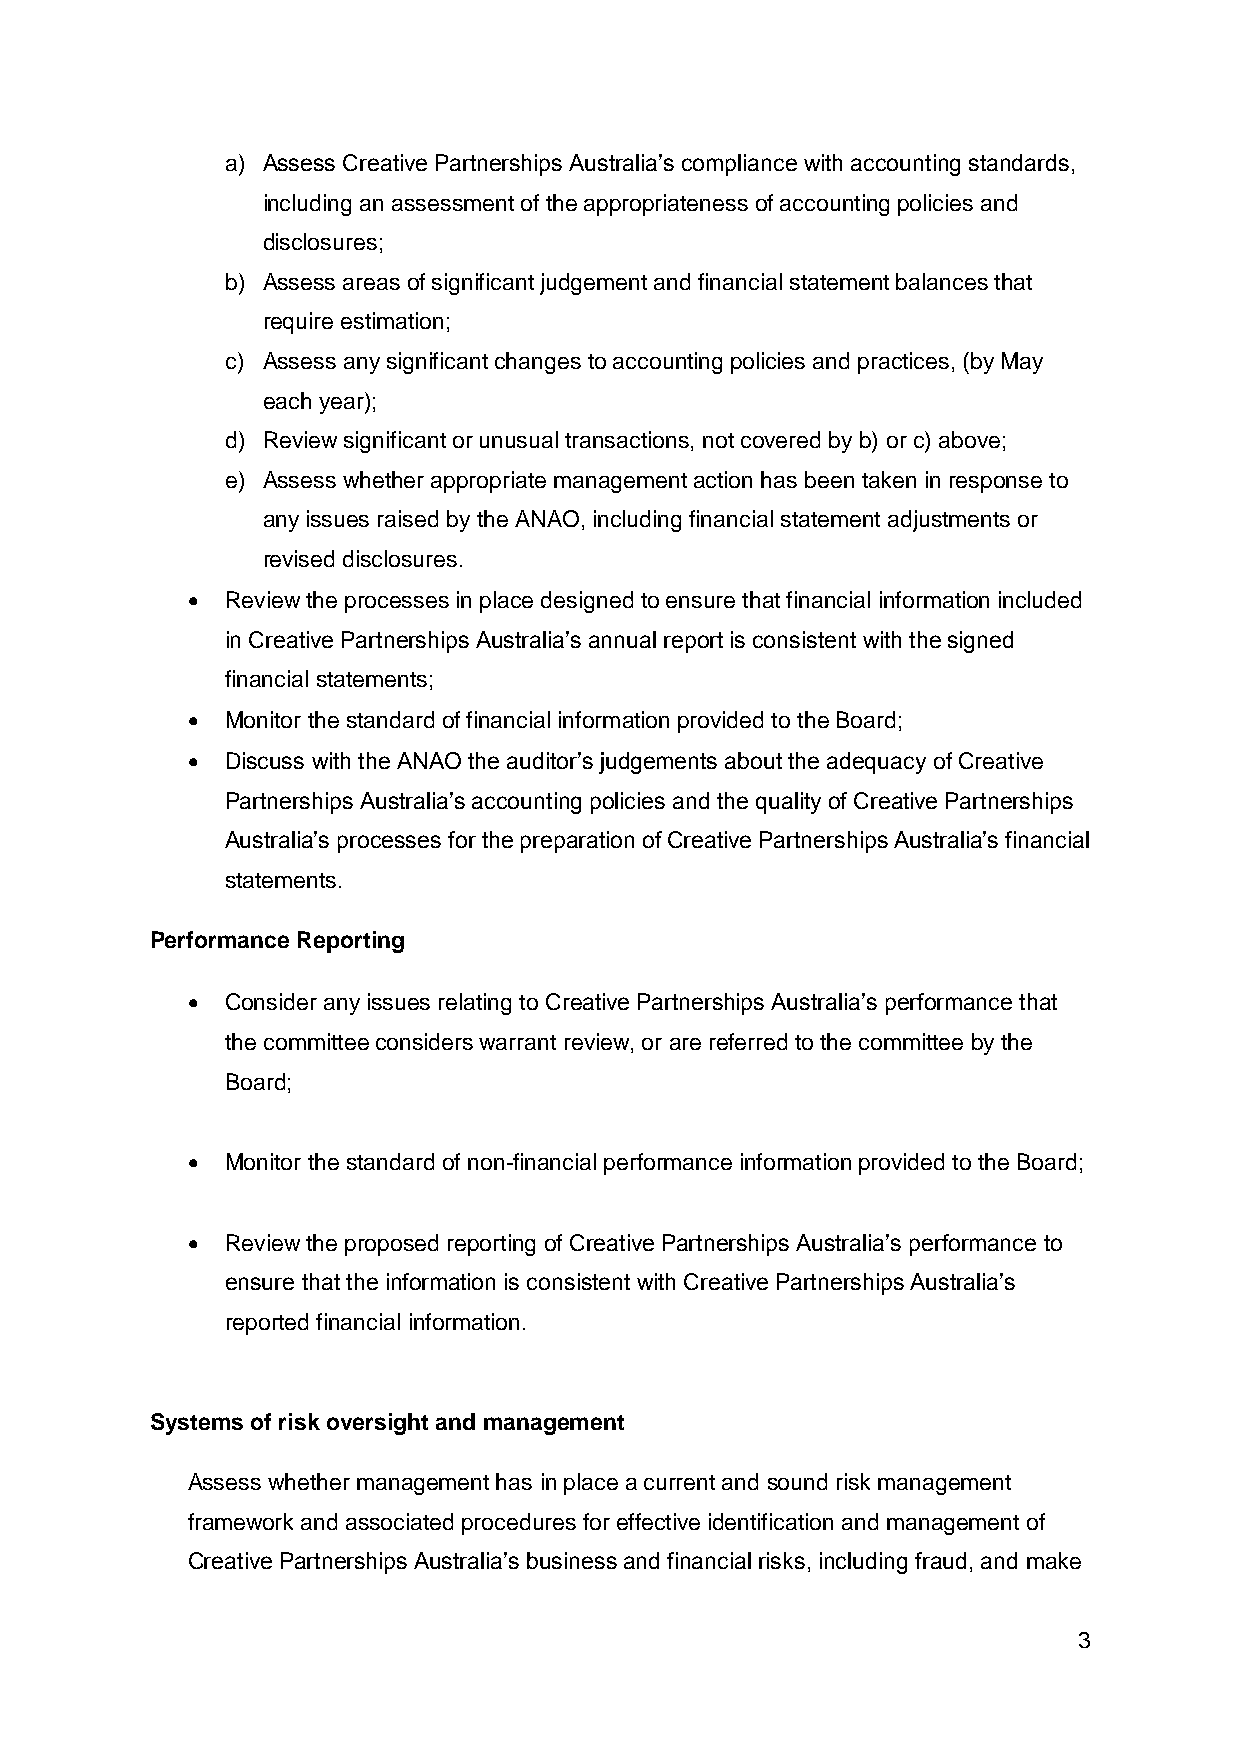
a) Assess Creative Partnerships Australia’s compliance with accounting standards,
 including an assessment of the appropriateness of accounting policies and
 disclosures;
 b) Assess areas of significant judgement and financial statement balances that
 require estimation;
 c) Assess any significant changes to accounting policies and practices, (by May
 each year);
 d) Review significant or unusual transactions, not covered by b) or c) above;
 e) Assess whether appropriate management action has been taken in response to
 any issues raised by the ANAO, including financial statement adjustments or
 revised disclosures.
   Review the processes in place designed to ensure that financial information included
 in Creative Partnerships Australia’s annual report is consistent with the signed
 financial statements;
   Monitor the standard of financial information provided to the Board;
   Discuss with the ANAO the auditor’s judgements about the adequacy of Creative
 Partnerships Australia’s accounting policies and the quality of Creative Partnerships
 Australia’s processes for the preparation of Creative Partnerships Australia’s financial
 statements.
 Performance Reporting
   Consider any issues relating to Creative Partnerships Australia’s performance that
 the committee considers warrant review, or are referred to the committee by the
 Board;
   Monitor the standard of non-financial performance information provided to the Board;
   Review the proposed reporting of Creative Partnerships Australia’s performance to
 ensure that the information is consistent with Creative Partnerships Australia’s
 reported financial information.
 Systems of risk oversight and management
 Assess whether management has in place a current and sound risk management
 framework and associated procedures for effective identification and management of
 Creative Partnerships Australia’s business and financial risks, including fraud, and make
 3